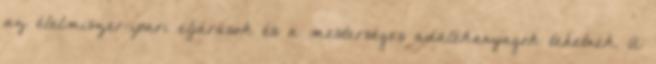
az élelmiszer-ipari eljárások és a mesterséges adalékanyagok tehetnek. A